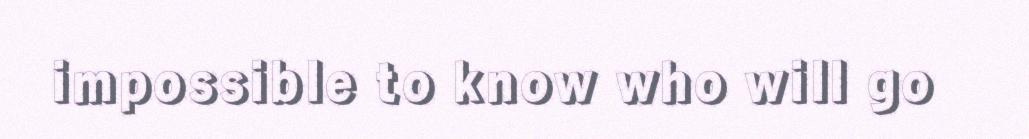
impossible to know who will go